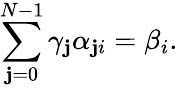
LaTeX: \sum_{\mathbf{j}=0}^{N-1}\gamma_{\mathbf{j}}\alpha_{\mathbf{j}i}=\beta_{i}.